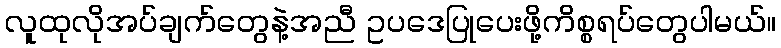
လူထုလိုအပ်ချက်တွေနဲ့အညီ ဥပဒေပြုပေးဖို့ကိစ္စရပ်တွေပါမယ်။